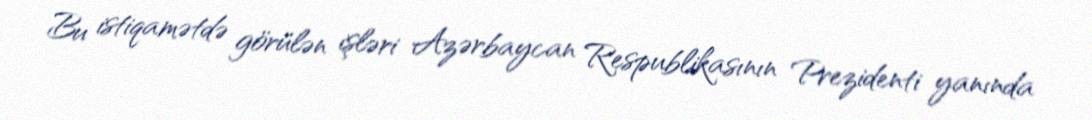
Bu istiqamətdə görülən işləri Azərbaycan Respublikasının Prezidenti yanında